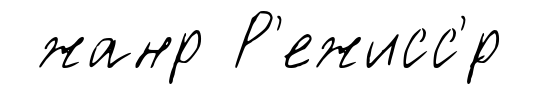
жанр Р'ежисс'́р